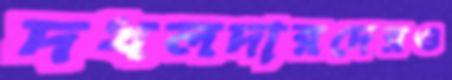
দখলদারদেরও